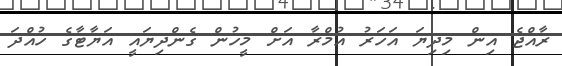
ރާއްޖެ އިން މިދިޔަ އަހަރު އުމްރާ އަށް މީހުން ގެންދިޔައީ އަޔާޓާގެ ހުއްދަ